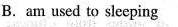
B.am used to sleeping